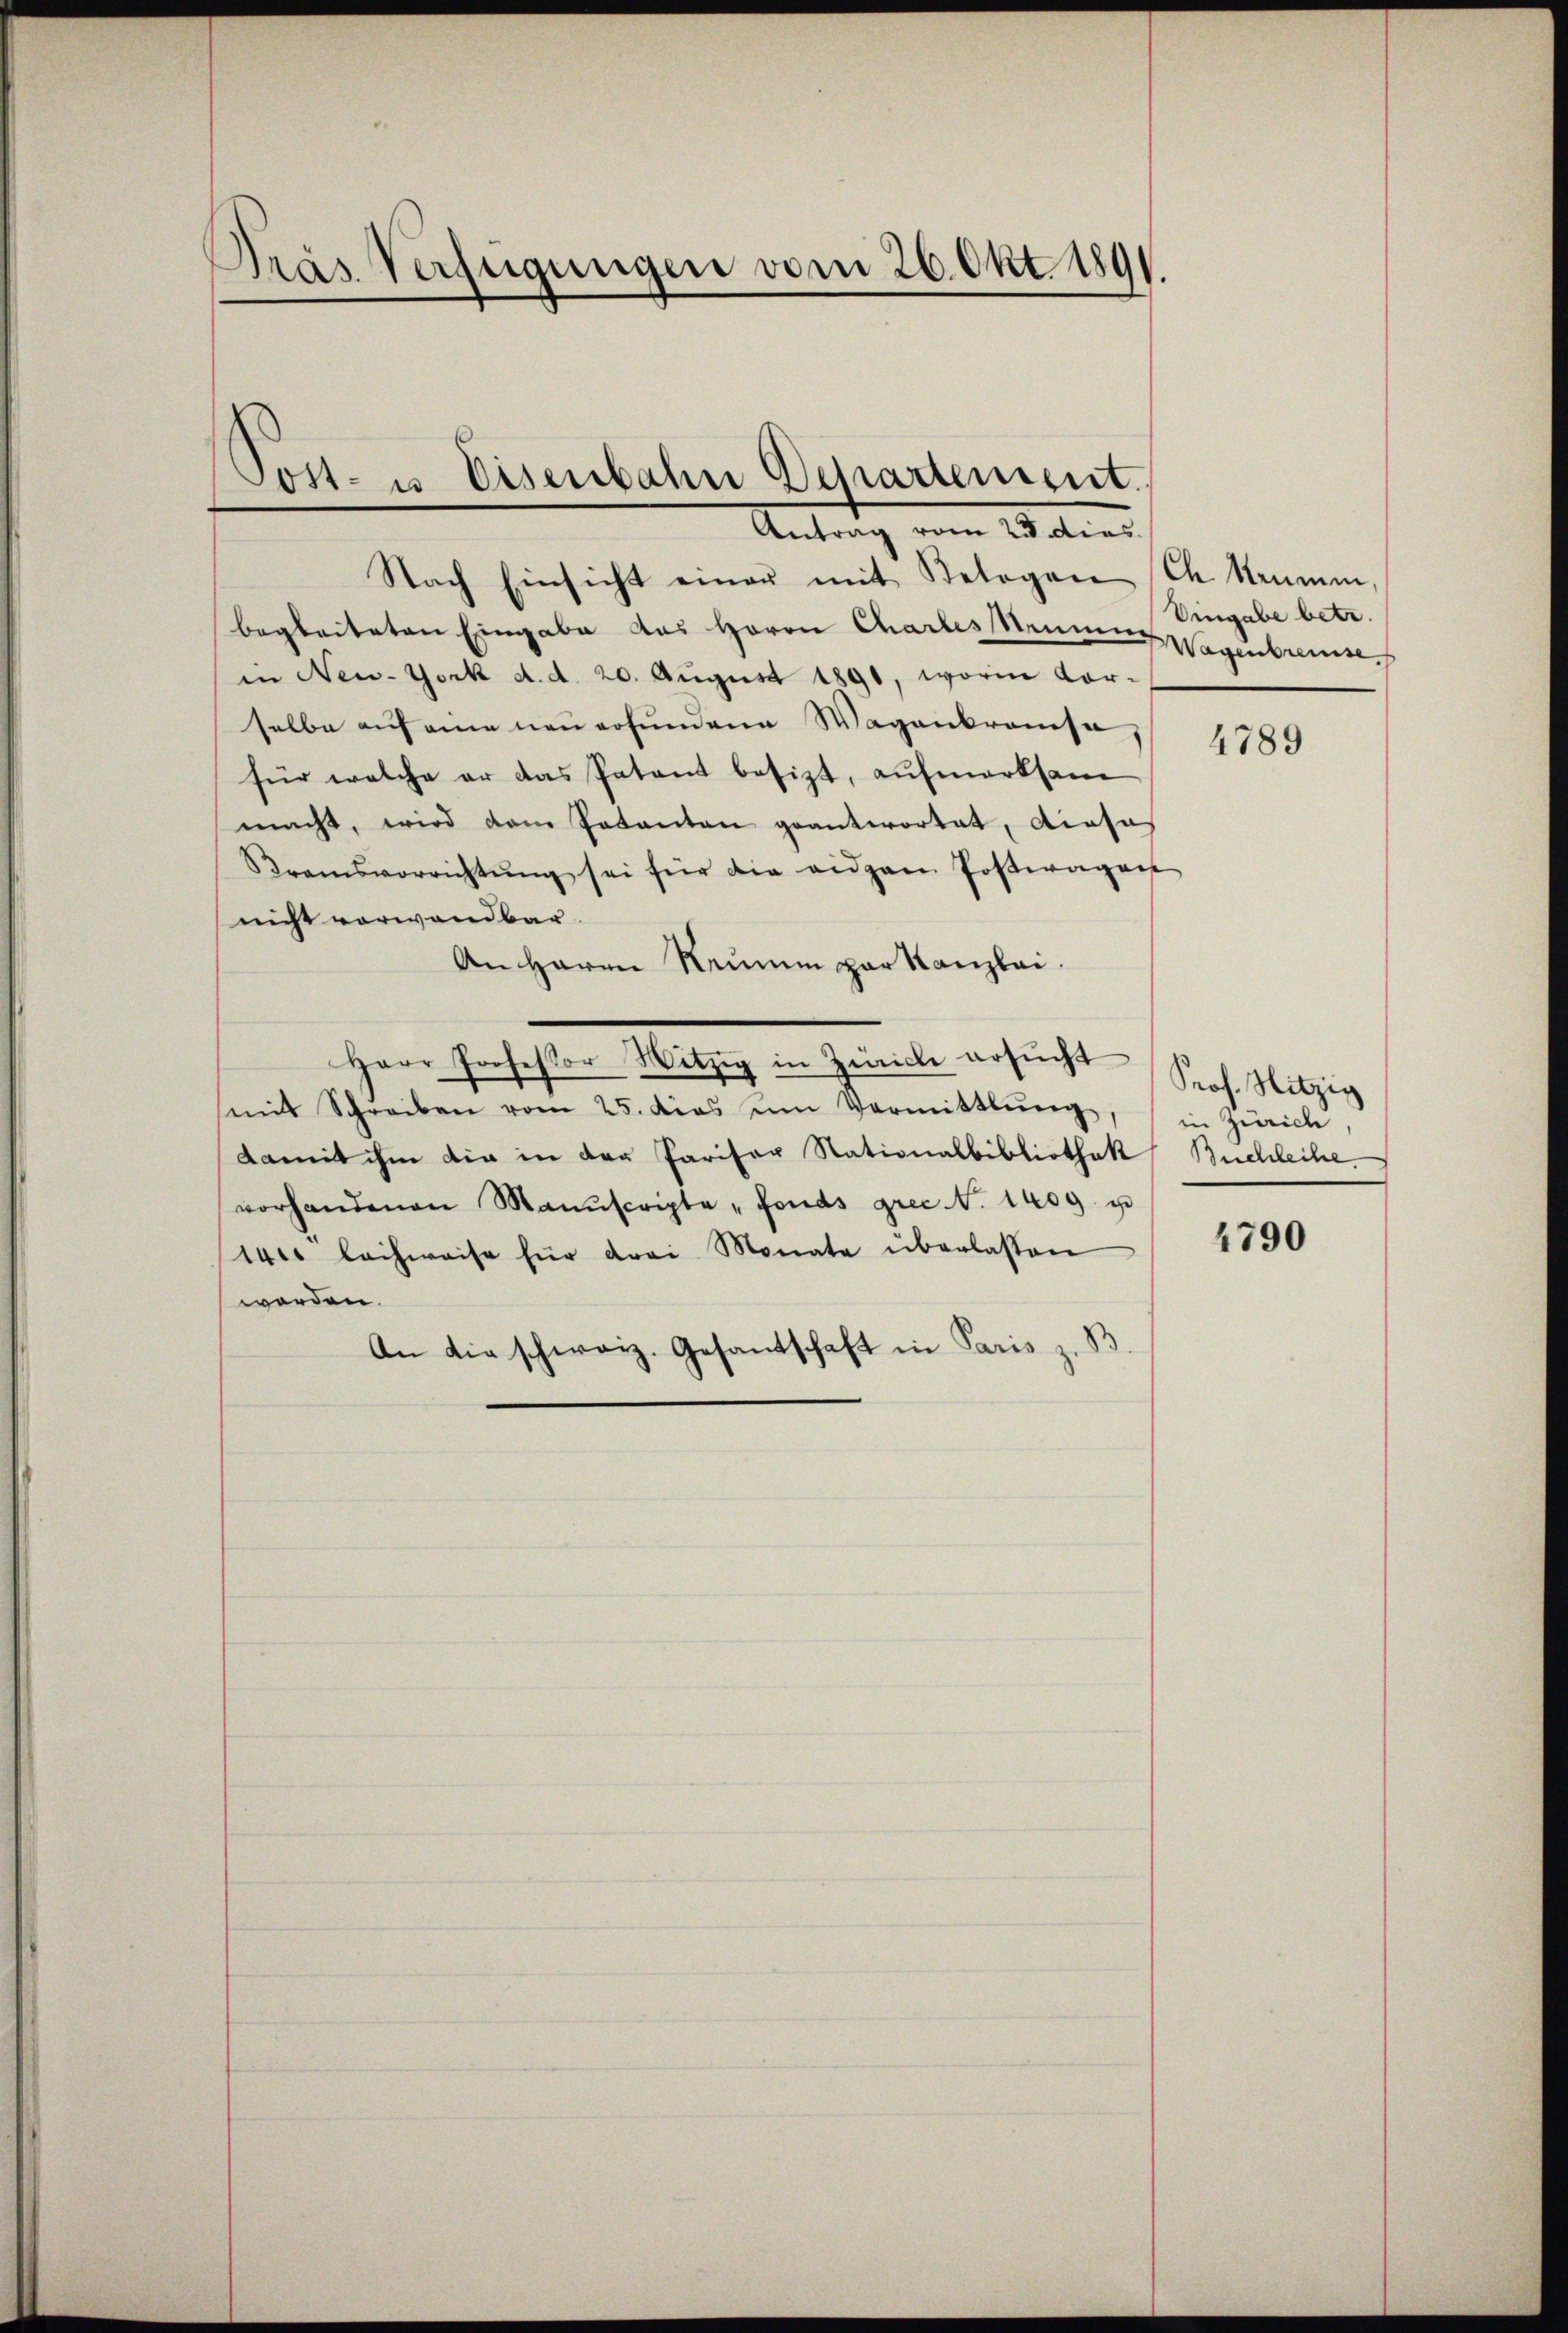
Dras Verfügungen vom 26. Okt 1891.

Post- u Eisenbahn Departement.
Antrag vom 23. dies

Nach Einsicht einer mit Belagen Ch. kennen
begleiteten Eingabe das Herrn Chartes Sinnen Wagenbrenn
in New-York d. d. 20. August 1890, worin vor-
selbe auf eine neu erfundene Wagenkrausa
für welche er das Patent besizt, aufmerksam
macht, wird dem Patanten geantwortet, diese
Bramsvorrichtŭng sei für die eidgan Postwagen
nicht vorwandbar.
An Herrn Seinem par Kanzlei.
Herr Professor Witzig in Zürich ersŭcht
(mit Schreiben vom 25. dies um Vermittlung, in Zürich,
damit ihm die in der Pariser Stationalbibliothek Buchleihe.
vorhandenen Manuscripte "fonds grec. 1409. u
14 lachweise für drei Monate überlassen
worden.
An die schweiz. Gesantschaft in Paris z. B

Eingabe betr.

4789

Prof. Hitzig

4790